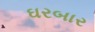
ઘરબાર